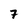
Character: 7